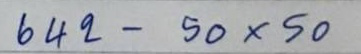
642 - 50 x 50